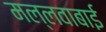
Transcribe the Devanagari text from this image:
मल्लवाबाई